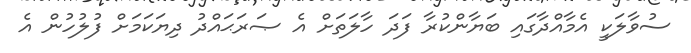
ސުވާލަކީ އެމާއްދާގައި ބަޔާންކުރާ ފަދަ ހާލަތަށް އެ ޞަރަޙައްދު ދިޔަކަމަށް ފުލުހުން އެ